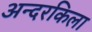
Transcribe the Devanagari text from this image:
अन्दरकिला